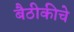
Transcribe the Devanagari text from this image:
बैठीकीचे